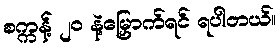
စက္ကန့် ၂၀ နဲ့မြှောက်ရင် ရပါတယ်။